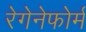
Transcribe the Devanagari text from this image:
रेगेनेफोर्म